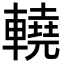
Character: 𨎬